Indian journal of veterinary science and animal husbandry - Volume 6,
Year: 1936
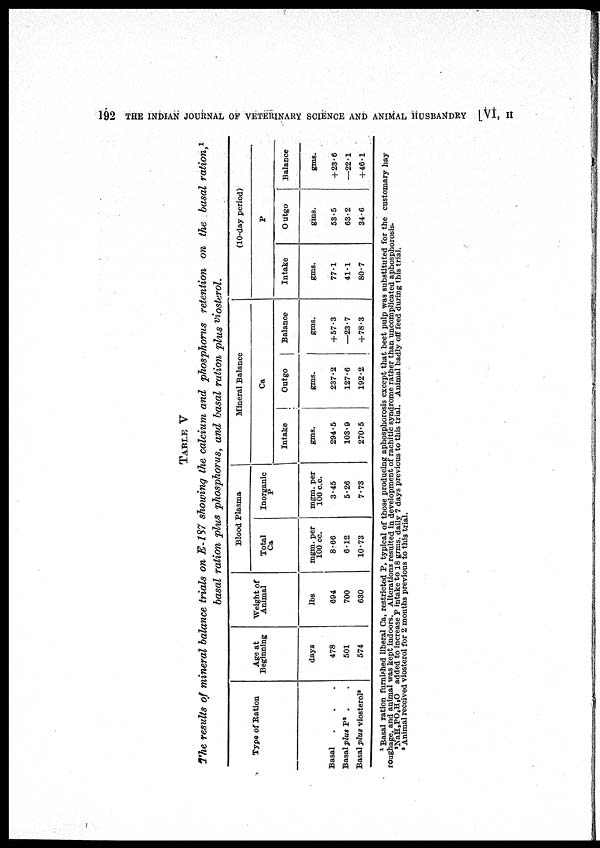
192 THE INDIAN JOURNAL OF VETERINARY SCIENCE AND ANIMAL HUSBANDRY [VI, II
TABLE V
The results of mineral balance trials on E-187 showing the calcium and phosphorus retention on the basal ration, 1
basal ration plus phosphorus, and basal ration plus viosterol.
Type of Ration
Basal . . .
Basal plus P 2 . .
Basal plus viosterol 3
Age at
Beginning
days
478
501
574
Weight of
Animal
lbs
694
700
630
Blood Plasma
Total
Ca
mgm. per
100 cc.
8.66
6.12
10.73
Inorganic
P
mgm. per
100 c.c.
3.45
5.26
7.73
Mineral Balance
Intake
gms.
294.5
103.9
270.5
Ca
Outgo
gms.
237.2
127.6
192.2
Balance
gms.
+57.3
—23.7
+ 78.3
(10-day period)
Intake
gms.
77.1
41.1
80.7
P
Outgo
gms.
53.5
63.2
34.6
Balance
gms.
+ 23.6
—22.1
+46.1
1 Basal ration furnished liberal Ca, restricted P, typical of those producing aphosphorosis except that beet pulp was substituted for the customary hay
roughage, and animal was kept indoors. Alterations resulted in development of rachitic syndrome rather than uncomplicated aphosphorosis.
2 NaH 3 PO 4 H 2 O added to increase P intake to 18 grms. daily 7 days previous to this trial. Animal badly off feed during this trial.
3 Animal received viosterol for 2 months previous to this trial.